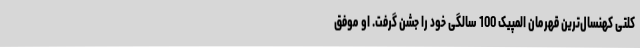
کلتی کهنسال‌ترین قهرمان المپیک 100 سالگی خود را جشن گرفت. او موفق